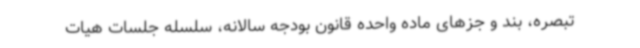
تبصره، بند و جزهای ماده واحده قانون بودجه سالانه، سلسله جلسات هیات